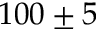
1 0 0 \pm 5